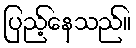
ပြည့်နေသည်။